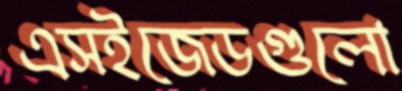
এসইজেডগুলো